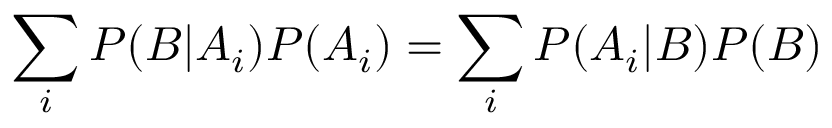
\sum _ { i } { P ( B | A _ { i } ) P ( A _ { i } ) } = \sum _ { i } { P ( A _ { i } | B ) P ( B ) }